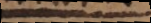
a